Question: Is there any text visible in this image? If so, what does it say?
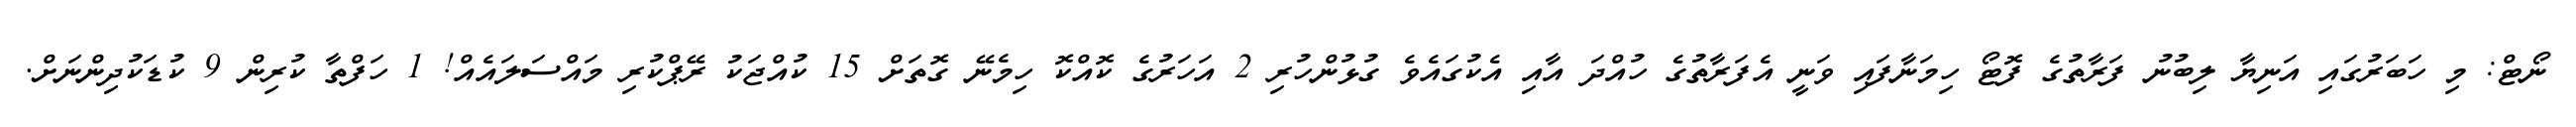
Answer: ނޯޓް: މި ހަބަރުގައި އަނިޔާ ލިބުނު ފަރާތުގެ ފޮޓޯ ހިމަނާފައި ވަނީ އެފަރާތުގެ ހުއްދަ އާއި އެކުގައެވެ ގުޅުންހުރި 2 އަހަރުގެ ކޮއްކޮ ހިމެނޭ ގޮތަށް 15 ކުއްޖަކު ރޭޕްކުރި މައްސަލައެއް! 1 ހަފްތާ ކުރިން 9 ކުޑަކުދިންނަށް.